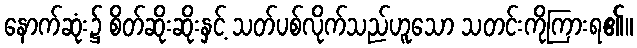
နောက်ဆုံး၌ စိတ်ဆိုးဆိုးနှင့် သတ်ပစ်လိုက်သည်ဟူသော သတင်းကိုကြားရ၏။